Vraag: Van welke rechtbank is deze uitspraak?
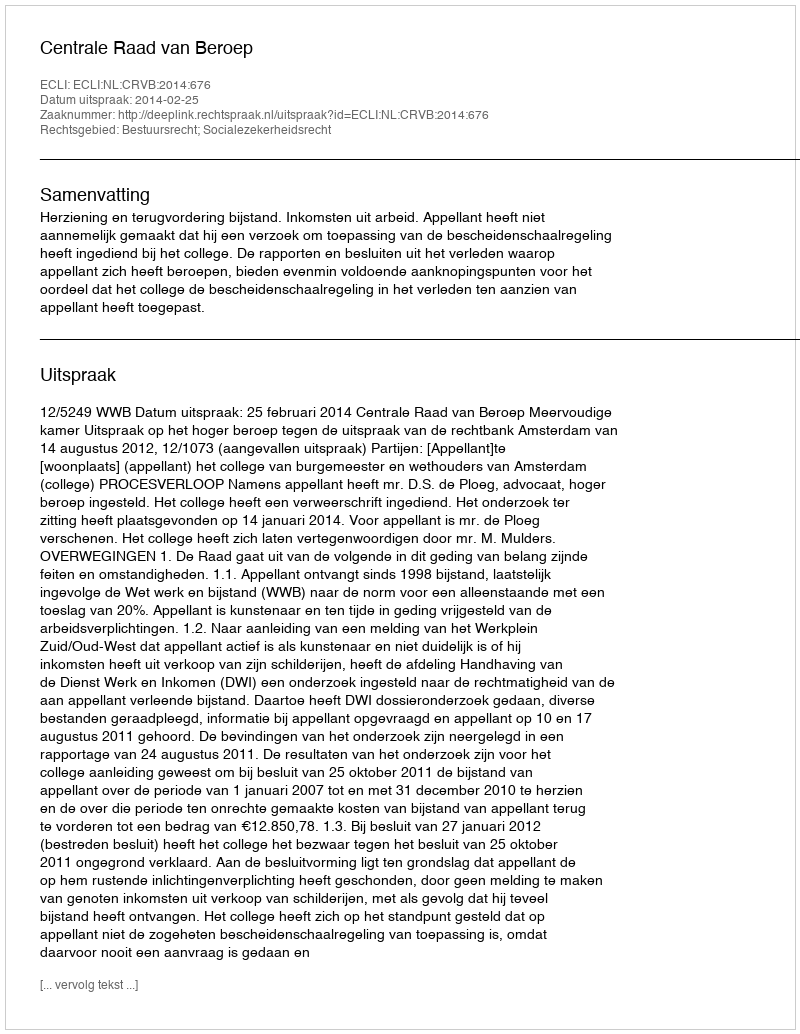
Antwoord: Centrale Raad van Beroep